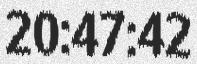
20:47:42